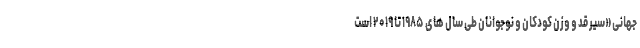
جهانی «سیر قد و وزن کودکان و نوجوانان طی سال های ۱۹۸۵ تا ۲۰۱۹ است